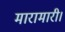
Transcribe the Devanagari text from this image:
मारामारी।